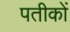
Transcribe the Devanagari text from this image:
पतीकों